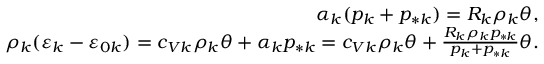
\begin{array} { r } { \alpha _ { k } ( p _ { k } + p _ { * k } ) = R _ { k } \rho _ { k } \theta , } \\ { \rho _ { k } ( \varepsilon _ { k } - \varepsilon _ { 0 k } ) = c _ { V k } \rho _ { k } \theta + \alpha _ { k } p _ { * k } = c _ { V k } \rho _ { k } \theta + \frac { R _ { k } \rho _ { k } p _ { * k } } { p _ { k } + p _ { * k } } \theta . } \end{array}